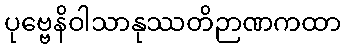
ပုဗ္ဗေနိဝါသာနုဿတိဉာဏကထာ